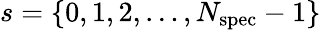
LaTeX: s=\{ 0,1,2,\ldots,N_{\mathrm{spec}}-1\}